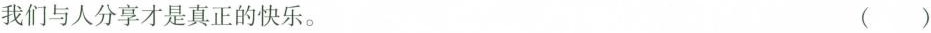
我们与人分享才是真正的快乐。 ()